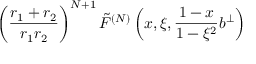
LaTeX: \left( \frac { r _ { 1 } + r _ { 2 } } { r _ { 1 } r _ { 2 } } \right) ^ { N + 1 } \tilde { F } ^ { ( N ) } \left( x , \xi , \frac { 1 - x } { 1 - \xi ^ { 2 } } b ^ { \perp } \right)